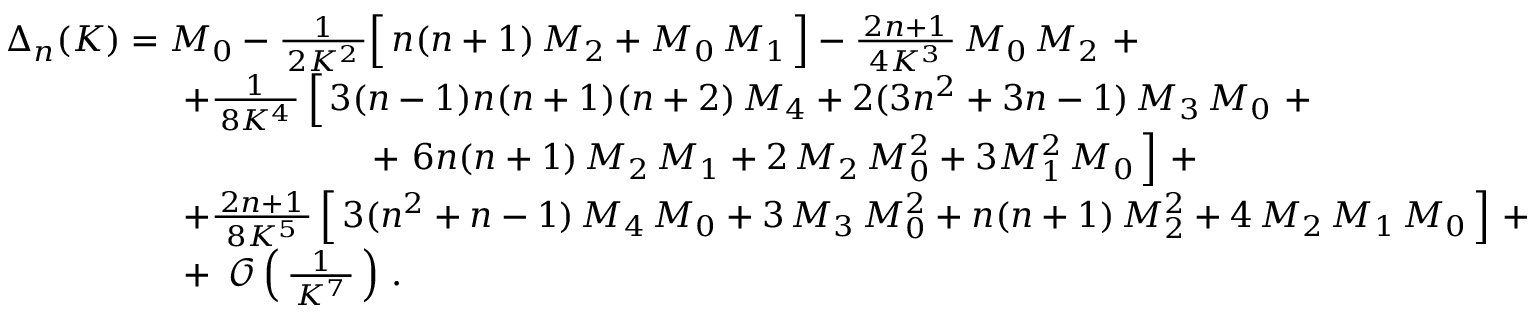
{ \begin{array} { r l } & { \Delta _ { n } ( K ) = M _ { 0 } - { \frac { 1 } { \, 2 K ^ { 2 } \, } } { \Bigl [ } \, n ( n + 1 ) \, M _ { 2 } + M _ { 0 } \, M _ { 1 } \, { \Bigr ] } - { \frac { \, 2 n + 1 \, } { 4 K ^ { 3 } } } \, M _ { 0 } \, M _ { 2 } ~ + } \\ & { \qquad \qquad \quad + { \frac { 1 } { \, 8 K ^ { 4 } \, } } \, { \Bigl [ } \, 3 ( n - 1 ) n ( n + 1 ) ( n + 2 ) \, M _ { 4 } + 2 ( 3 n ^ { 2 } + 3 n - 1 ) \, M _ { 3 } \, M _ { 0 } ~ + } \\ & { \qquad \qquad \qquad \qquad \qquad ~ + ~ 6 n ( n + 1 ) \, M _ { 2 } \, M _ { 1 } + 2 \, M _ { 2 } \, M _ { 0 } ^ { 2 } + 3 M _ { 1 } ^ { 2 } \, M _ { 0 } \, { \Bigr ] } ~ + } \\ & { \qquad \qquad \quad + { \frac { \, 2 n + 1 \, } { \, 8 K ^ { 5 } \, } } \, { \Bigl [ } \, 3 ( n ^ { 2 } + n - 1 ) \, M _ { 4 } \, M _ { 0 } + 3 \, M _ { 3 } \, M _ { 0 } ^ { 2 } + n ( n + 1 ) \, M _ { 2 } ^ { 2 } + 4 \, M _ { 2 } \, M _ { 1 } \, M _ { 0 } \, { \Bigr ] } ~ + } \\ & { \qquad \qquad \quad + ~ \operatorname { \mathcal { O } } { \Bigl ( } \, { \frac { 1 } { \, K ^ { 7 } \, } } \, { \Bigr ) } ~ . } \end{array} }